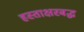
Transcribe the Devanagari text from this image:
हस्ताक्षरबद्ध